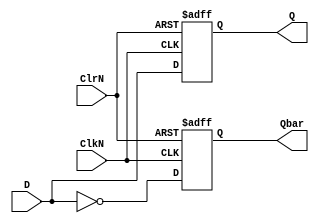
/*  Clk, ClrD
   copyright 2012 (pika1021@gmail.com)
   */
`ifndef FLIPFLOPDNCLKNRST_V
	`define FLIPFLOPDNCLKNRST_V
	`timescale 1ns / 100ps
	module flipflopDnegClknegRst(Q, Qbar, D, ClkN, ClrN);
		input D, ClkN, ClrN;
		output reg Q, Qbar;

		always @(negedge ClkN or negedge ClrN)
		begin
			if(~ClrN) begin
				Q <= 0;
				Qbar <= 1;
			end else begin
				Q <= D;
				Qbar <= ~D;
			end
		end
	endmodule
`endif